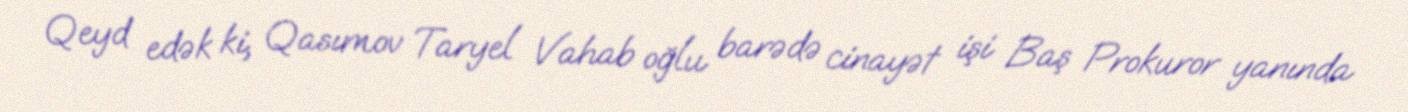
Qeyd edək ki, Qasımov Taryel Vahab oğlu barədə cinayət işi Baş Prokuror yanında